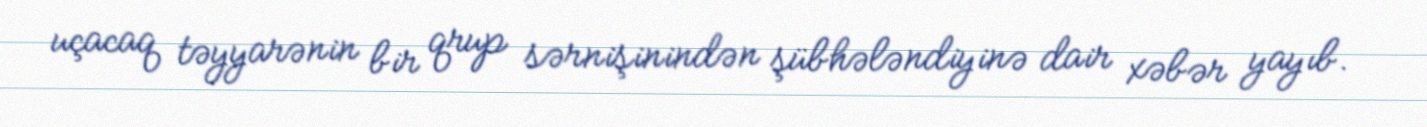
uçacaq təyyarənin bir qrup sərnişinindən şübhələndiyinə dair xəbər yayıb.